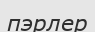
пэрлер